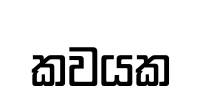
කවයක